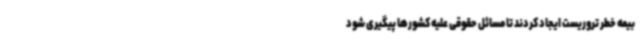
بیمه خطر تروریست ایجاد کردند تا مسائل حقوقی علیه کشورها پیگیری شود